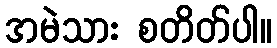
အမဲသား စတိတ်ပါ။